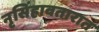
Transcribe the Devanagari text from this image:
नृसिंहावतारात